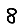
Digit: 8